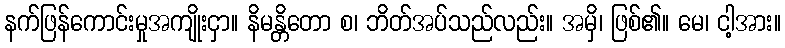
နက်ဖြန်ကောင်းမှုအကျိုးငှာ။ နိမန္တိတော စ၊ ဘိတ်အပ်သည်လည်း။ အမှိ၊ ဖြစ်၏။ မေ၊ ငါ့အား။